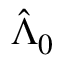
\hat { \Lambda } _ { 0 }